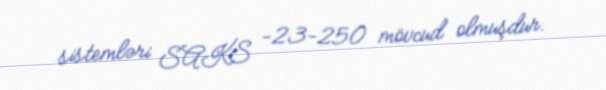
sistemləri SAKS -23-250 mövcud olmuşdur.